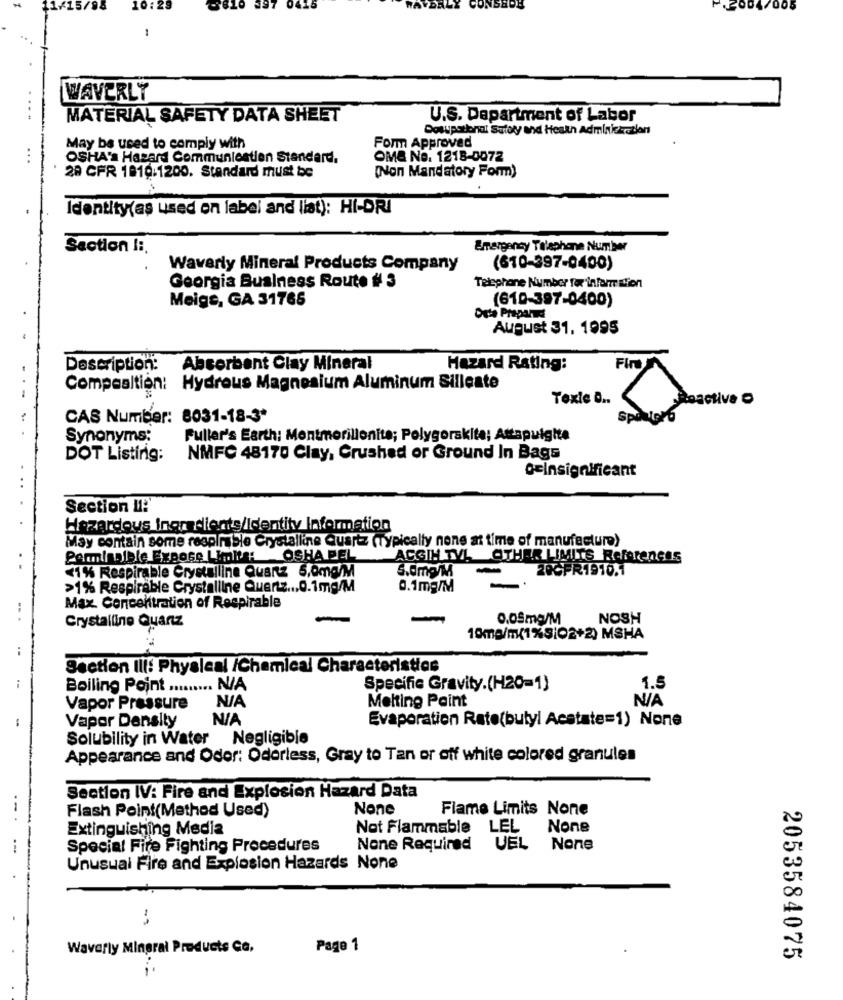
: 29
2610 097 0415
-
WAVERLY
MATERIAL SAFETY DATA SHEET
U.S. Department of Labor
Dosupational Satory and Heath Administration
Form Approved
May be used to comply with
...
OSHA's Hasard Communication Standard.
OM& No. 1218-0072
29 CFR 1810.1200. Standard must be
(Non Mandatory Form)
Identity(as used on label and llat): HI-DRI
Section I :.
Emergency Telephone Number
Waverly Mineral Products Company
(610-397-0400)
Georgia Business Route # 3
Telephone Number for information
Meige, GA 31766
(610-397-0400)
Outa Praparael
August 31. 1995
Description:
Absorbent Clay Mineral
Hazard Rating:
Fin
Composition: Hydrous Magnesium Aluminum Silleste
Texte ...
CAS Number: 8031-18-3*
Sp
Synonyms:
Fuller's Earth; Montmorillonite; Polygorskite; Attapulgite
DOT Listing:
NMFC 48170 Clay, Crushed or Ground In Bags
o=Insignificant
Section 11:
Hazardous ingredients /Identity Information
May contain some respirable Crystalline Quartz (Typically none at time of manufacture)
Perminniele Expose LIDI : OSHA PEL
ACGIH TV! OTHER LIMITS References
5.0mg/M
200FR1910.1
<1% Respirable Crystalline Quartz 5,0mg/M
>1% Respirable Crystalline Quertz ... 0.1mg/M
0.1mg/M
-
..
Max. Concentration of Respirable
Crystalline Quanz
0,05mg/M
NOSH
10mg/m(1%3:02+2) MSHA
Section II: Physical /Chemical Characteristics
Boiling Point ......... N/A
Specific Gravity.(H20-1)
1.5
Melting Point
Vapor Pressure
Vapor Density
Evaporation Rate(butyl Acetate=1) None
Solubility in Water
Negligible
Appearance and Odor: Odorless, Gray to Tan or off white colored granules
Section IV: Fire and Explosion Hazard Data
--
Flash Point(Method Used)
Flame Limits None
Extinguishing Media
Not Flammable
LEL
Special Fire Fighting Procedures
None Required
UEL
Unusual Fire and Explosion Hazards None
Waverly Mineral Products Ce,
Page 1
2053584075